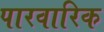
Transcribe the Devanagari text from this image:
पारवारिक